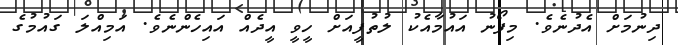
ދިނުމަށް އެދުނެވެ. މިފޯނު އައުމާއެކު ލުތުފީއަށް ހީވީ އީދެއް އައިހެންނެވެ. އަމިއްލަ ގައުމުގެ